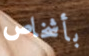
بأشخاص